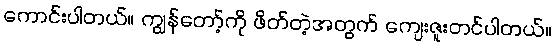
ကောင်းပါတယ်။ ကျွန်တော့်ကို ဖိတ်တဲ့အတွက် ကျေးဇူးတင်ပါတယ်။